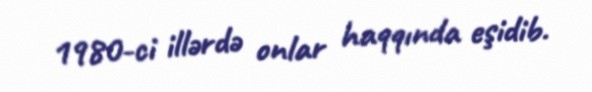
1980-ci illərdə onlar haqqında eşidib.